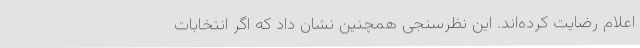
اعلام رضایت کرده‌اند. این نظرسنجی همچنین نشان داد که اگر انتخابات